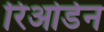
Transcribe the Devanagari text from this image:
रिओर्डन